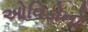
ઓવિડોનો